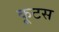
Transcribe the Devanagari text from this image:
कूटस